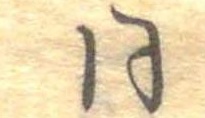
同